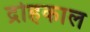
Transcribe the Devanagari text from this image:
द्रोहकाल